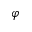
\varphi